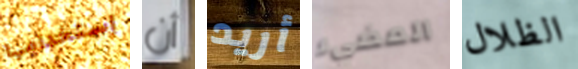
إستخدامها أن أريد المضيء الظلال